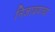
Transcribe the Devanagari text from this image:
निजावयाचा